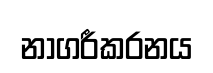
නාගරීකරනය